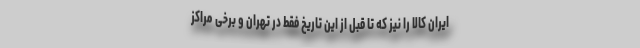
ایران کالا را نیز که تا قبل از این تاریخ فقط در تهران و برخی مراکز